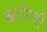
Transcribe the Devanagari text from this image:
बटॉयदी